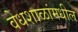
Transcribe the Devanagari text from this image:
वेधशाळांमधील